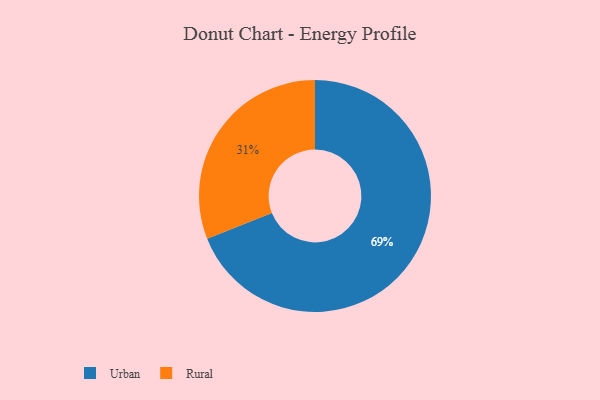
{"axis": {"x": "Category", "y": "Percentage"}, "legend": ["Rural", "Urban"], "data": [{"x": "Rural", "y": 31, "type": "Rural"}, {"x": "Urban", "y": 69, "type": "Urban"}]}